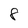
Character: 8